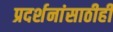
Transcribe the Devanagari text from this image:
प्रदर्शनांसाठीही